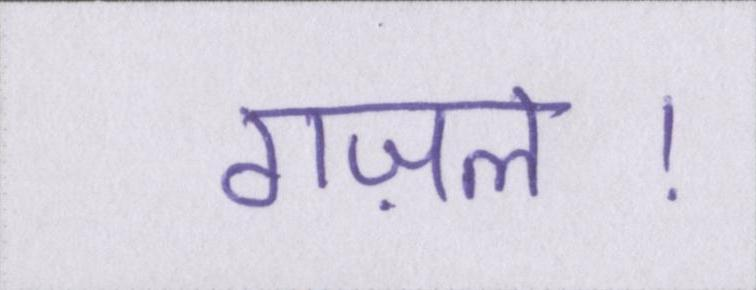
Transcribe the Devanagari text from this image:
गज़ल।